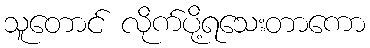
သူတောင် လိုက်ပို့ရသေးတာကော